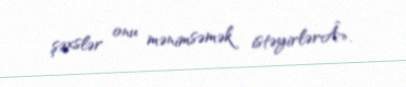
şəxslər onu mənimsəmək istəyirlərÂ».